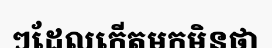
ៗដែលកើតមកមិនថា